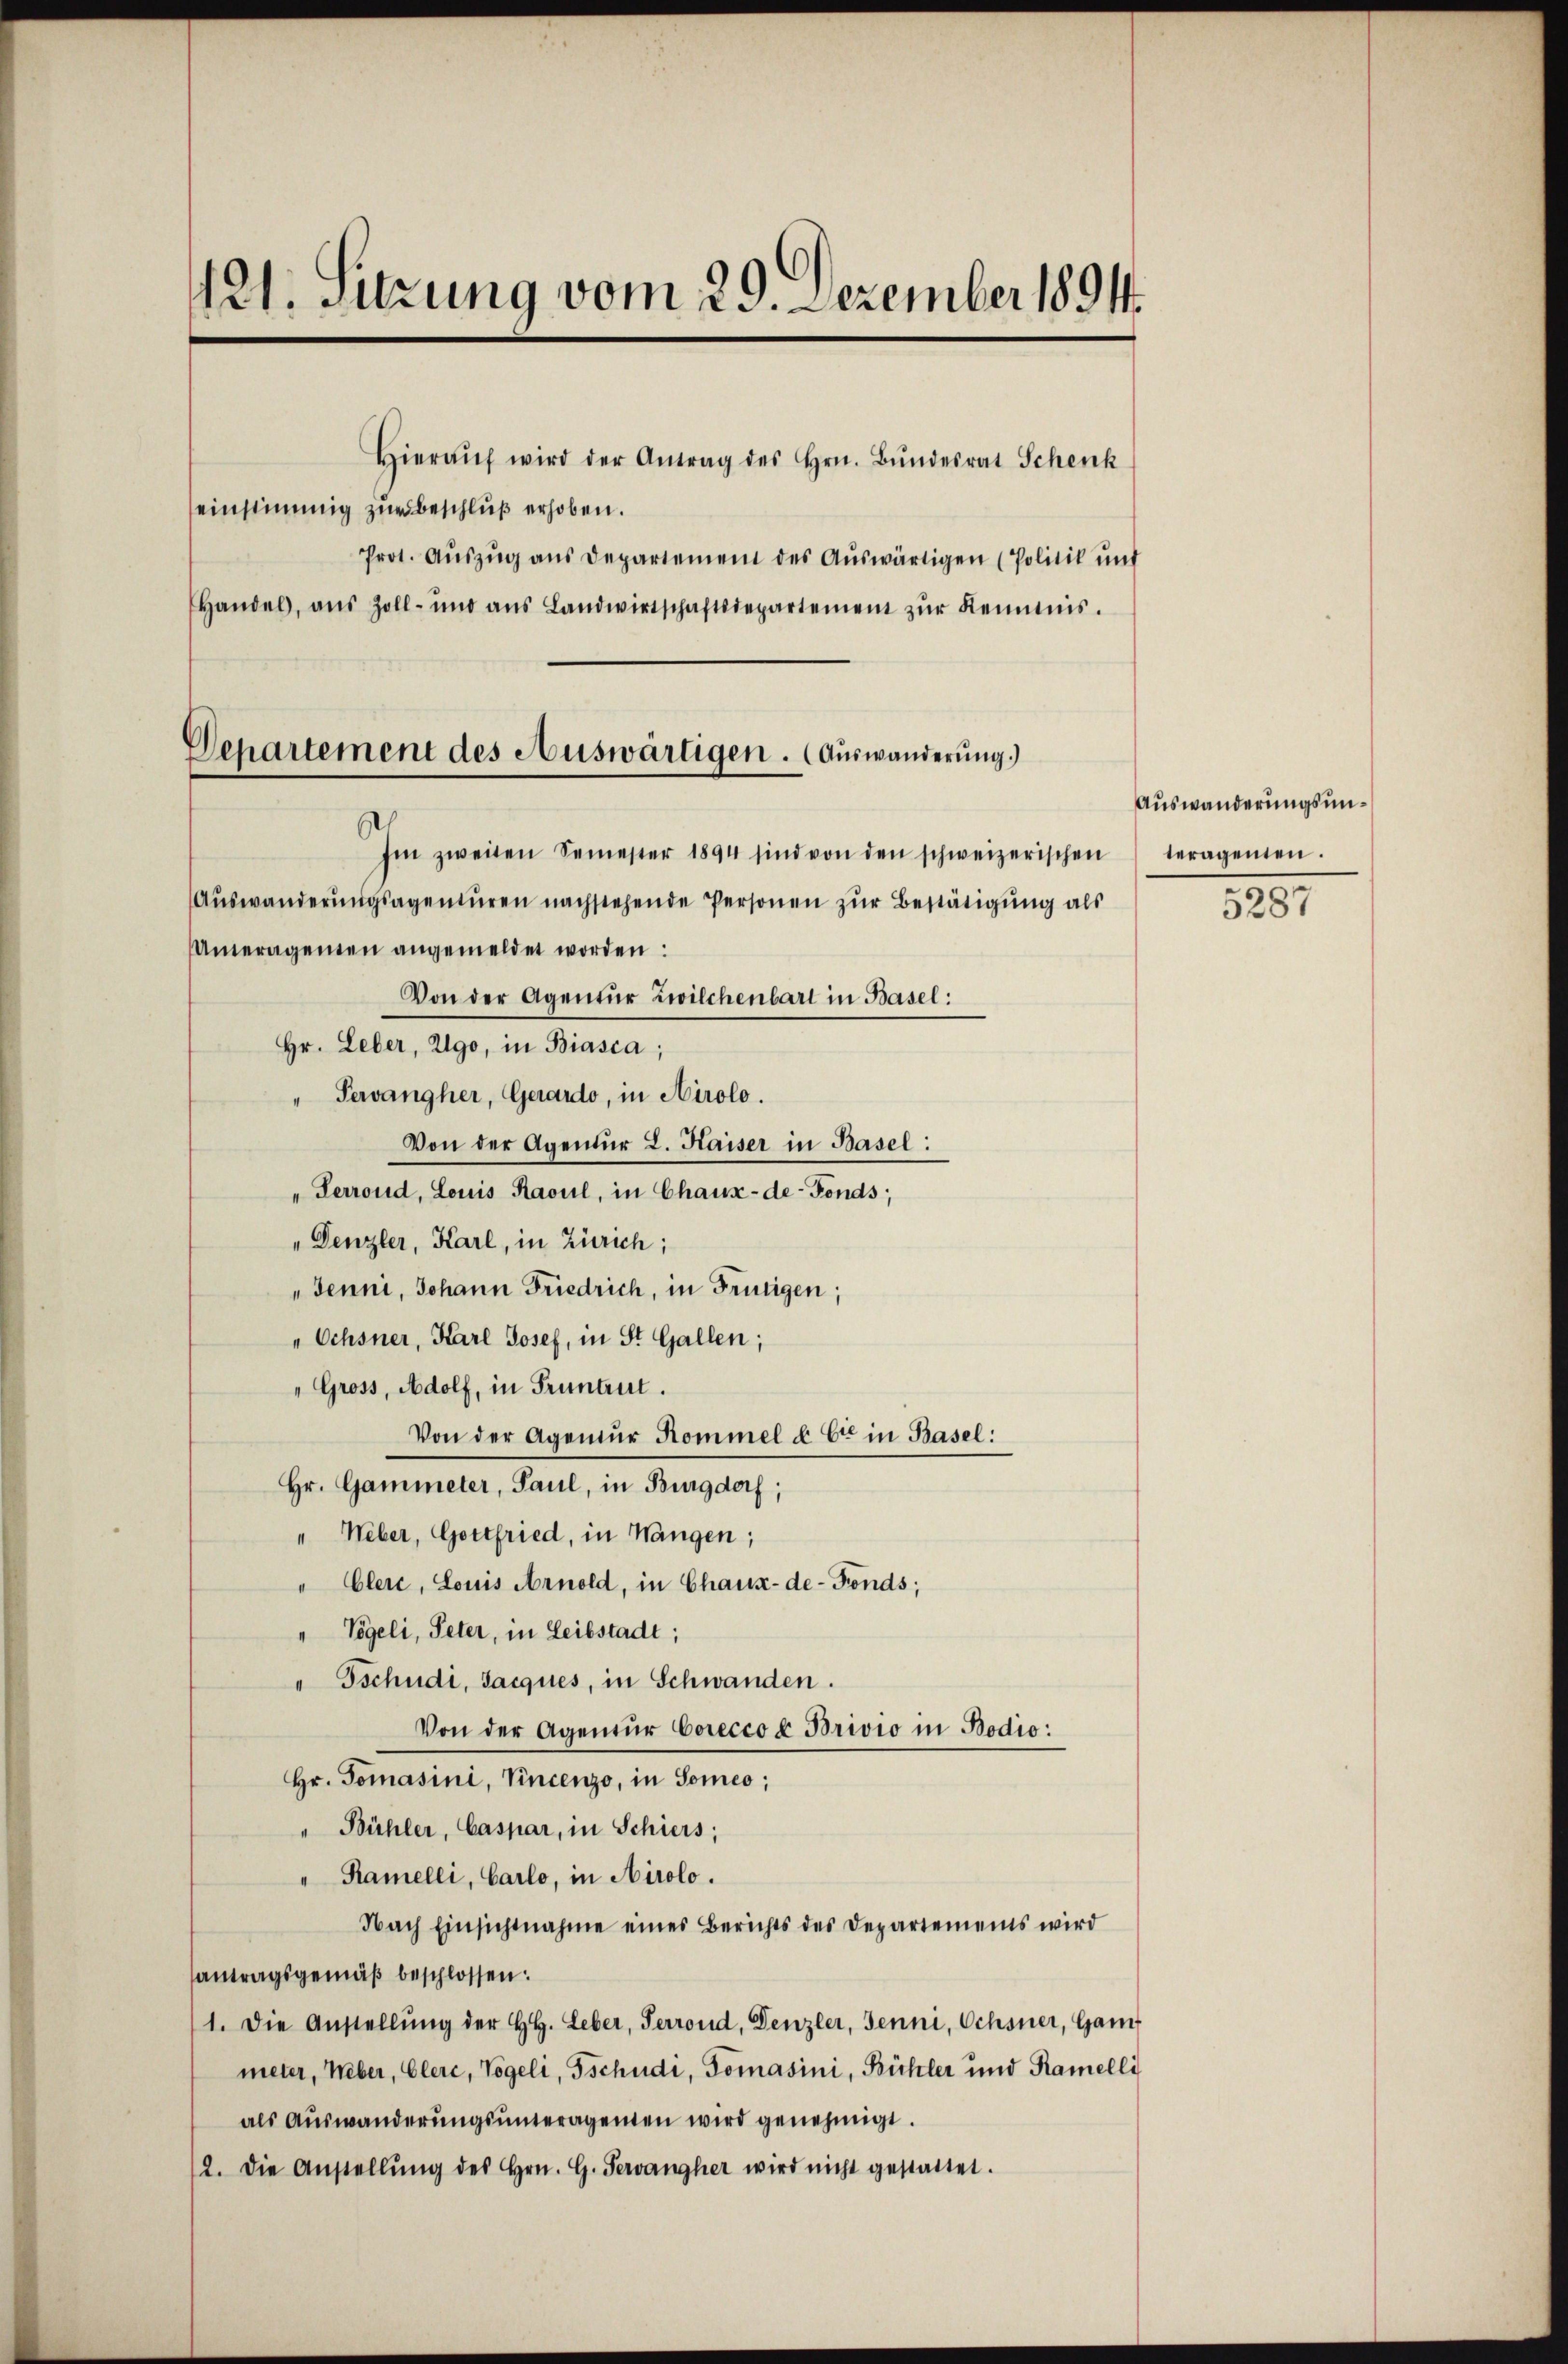
121. Sitzung vom 29. Dezember 1894.

Hieraŭf wird der Antrag des Hrn. Bŭndesrat Schenk
einstimmig zur Beschluß erhoben.
Prot. Aŭszŭg ans Departement des Aŭswärtigen (Politik und
Handel, aus Zoll- und ans Landwirtschaftsdepartement zŭr Keimnis.
.
Im zweiten Semester 1894 sind von den schweizerischen
Aŭswanderŭngsagentŭren nachstehende Personen zŭr Bestätigŭng als
Unteragenten angemeldet worden:
Von der Agentur Zwilchenbart in Basel:
Hr. Leber, Zlgo, in Biasca;
Pervangher, Gerardo, in Airolo.
Von der Agentur L. Kaiser in Basel:
"Perrond, Louis Raoul, in Chaux-de-Fonds;
Denzler, Karl, in Zürich;
" Jenni, Johann Friedrich, in Frutigen;
Ochsner, Karl Josef, in St. Gallen;
Gross, Adolf, in Pruntrut.
Von der Agenŭr Kommel & Cie in Basel:
Hr. Gammeter, Paul, in Burgdorf;
" Weber, Gottfried, in Wangen;
" Cler, Louis Arnold, in Chaux-de-Fonds;
" Vögeli, Peter, in Leibstadt;
Tschudi, Jacques, in Schwanden.
Von der Agentur Corecco u Brivio in Bodio:
Hr. Tomasini, Vincenzo, in Someo;
" Bühler, Caspar, in Schiers;
" Ramelli, Carlo, in Airolo.
Nach Einsichtnahme eines Berichts des Departements wird
antragsgemäβ beschlossen:
1. Die Anstellŭng der HH. Leber, Perrond, Denzler, Jenni, Ochsner, Gam
meter, Weber, Clere, Vogeli, Tschudi, Tomasini, Bühler und Ramelli
als Aŭswanderŭngsŭnteragenten wird genehmigt.
12. Die Anstellŭng des Hrn. G. Servancher wird nicht gestattet.

Sehartement des Auswärtigen. (Auswanderung.)

Auswanderungsunteragenten.

5287